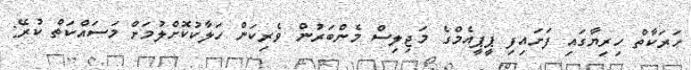
ހަރަކާތް ހިރިޔާގައި ފަށައިފި ޕީޕީއެމްގެ މަޖިލިސް މެންބަރުން ވެރިކަން ހަލާކުކޮށްލުމަށް މަސައްކަތް ކުރޭ: